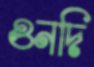
ওনদি